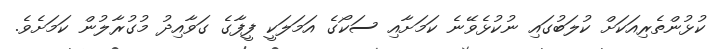
ކުޅުންތެރިއަކަށް ކުލަބުގައި ނުކުޅެވޭނެ ކަމަށާއި ސަކޯގެ އަމަލަކީ ފީފާގެ ގަވާއިދު މުގުރާލުން ކަމަށެވެ.